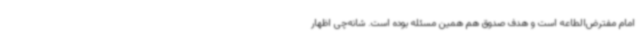
امام مفترض‌الطاعه است و هدف صدوق هم همین مسئله بوده است. شانه‌چی اظهار